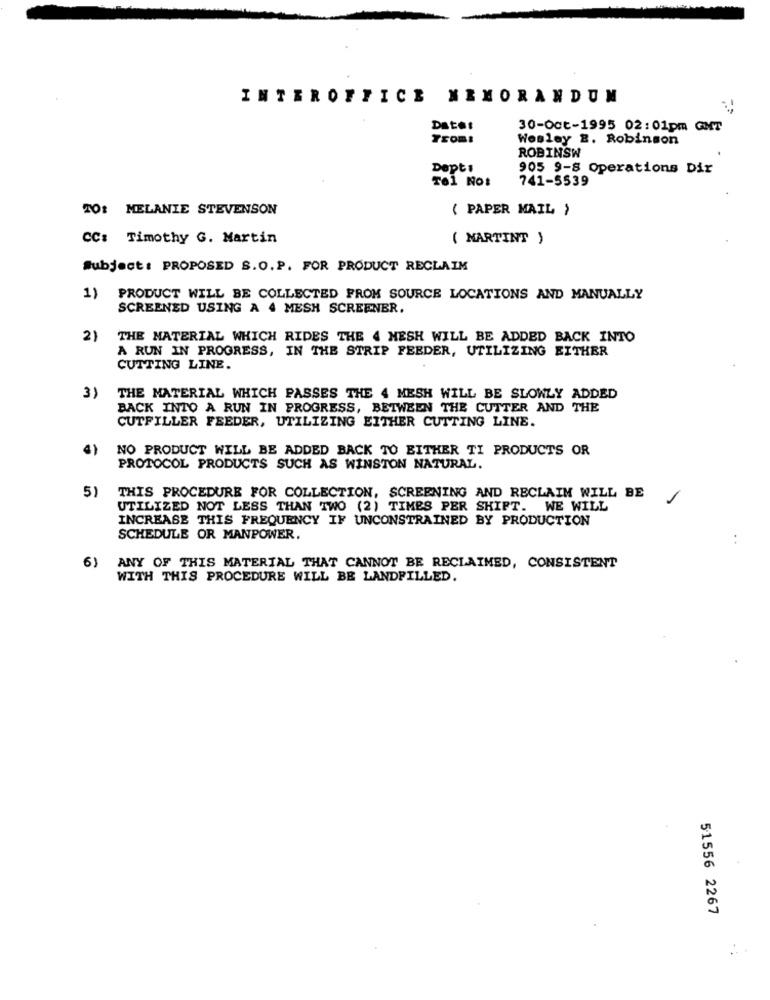
INTEROFFICE MEMORANDUM
Date:
30-Oct-1995 02:01pm GMT
TEOm:
Wesley &. Robinson
ROBINSW
Dept1
905 9-8 Operations Dir
Tel Not
741-5539
TO: MELANIE STEVENSON
( PAPER MAIL }
CC: Timothy G. Martin
( MARTINT )
Subject: PROPOSED S.O.P. FOR PRODUCT RECLAIM
1) PRODUCT WILL BE COLLECTED FROM SOURCE LOCATIONS AND MANUALLY
SCREENED USING A 4 MESH SCREENBR.
2)
THE MATERIAL WHICH RIDES THE 4 MESH WILL BE ADDED BACK INTO
A RUN IN PROGRESS, IN THE STRIP FEEDER, UTILIZING EITHER
CUTTING LINE.
3)
THE MATERIAL WHICH PASSES THE 4 MESH WILL BE SLOWLY ADDED
BACK INTO A RUN IN PROGRESS, BETWEEN THE CUTTER AND THE
CUTFILLER FEEDER, UTILIZING EITHER CUTTING LINE.
NO PRODUCT WILL BE ADDED BACK TO EITHER TI PRODUCTS OR
PROTOCOL PRODUCTS SUCH AS WINSTON NATURAL.
5)
THIS PROCEDURE FOR COLLECTION, SCREENING AND RECLAIM WILL BE
UTILIZED NOT LESS THAN TWO (2) TIMES PER SHIFT. WE WILL
INCREASE THIS FREQUENCY IF UNCONSTRAINED BY PRODUCTION
SCHEDULE OR MANPOWER.
..
6)
ANY OF THIS MATERIAL THAT CANNOT BE RECLAIMED, CONSISTENT
WITH THIS PROCEDURE WILL BE LANDFILLED.
51556 2267